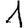
Digit: 1